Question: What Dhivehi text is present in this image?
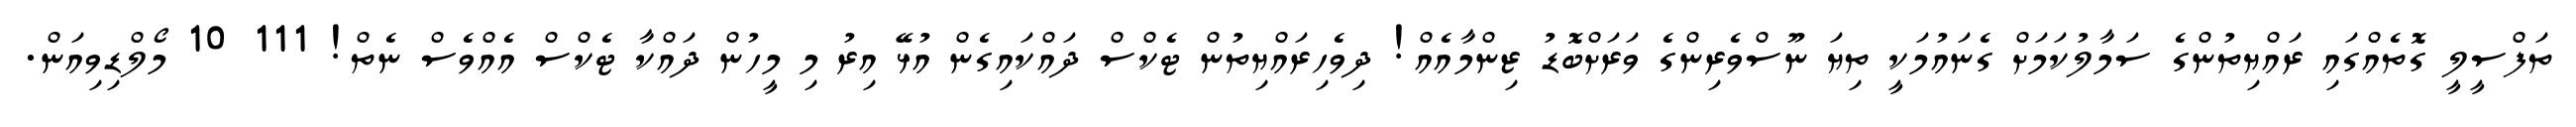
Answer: ތަފްސީލީ ގޮތެއްގައި ރައްޔިތުންގެ ސަމާލުކަމަށް ގެނައުމަކީ ތިޔަ ނޫސްވެރިންގެ ވަރަށްބޮޑު ޒިންމާއެއް! ދިވެހިރައްޔިތުން ޓެކްސް ދައްކައިގެން އުޅޭ އިރު މި މީހުން ދައްކާ ޓެކްސް އެއްވެސް ނެތް! 111 10 މޯލްޑިވިއަން.